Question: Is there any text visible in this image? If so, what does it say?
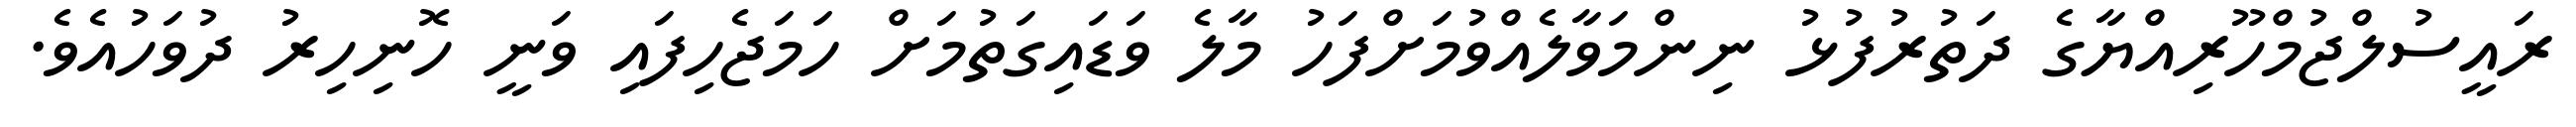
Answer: ރައީސުލްޖުމްހޫރިއްޔާގެ ދަތުރުފުޅު ނިންމަވާލެއްވުމަށްފަހު މާލެ ވަޑައިގަތުމަށް ހަމަޖެހިފައި ވަނީ ހޮނިހިރު ދުވަހުއެވެ.